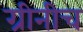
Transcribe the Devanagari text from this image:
ग्रीनीच